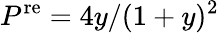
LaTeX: P^{\mathrm{re}}=4y/(1+y)^{2}